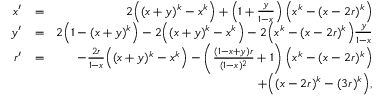
\begin{array} { r l r } { x ^ { \prime } } & { = } & { 2 \Big ( ( x + y ) ^ { k } - x ^ { k } \Big ) + \left( 1 + \frac { y } { 1 - x } \right) \Big ( x ^ { k } - ( x - 2 r ) ^ { k } \Big ) } \\ { y ^ { \prime } } & { = } & { 2 \Big ( 1 - ( x + y ) ^ { k } \Big ) - 2 \Big ( ( x + y ) ^ { k } - x ^ { k } \Big ) - 2 \Big ( x ^ { k } - ( x - 2 r ) ^ { k } \Big ) \frac { y } { 1 - x } } \\ { r ^ { \prime } } & { = } & { - \frac { 2 r } { 1 - x } \Big ( ( x + y ) ^ { k } - x ^ { k } \Big ) - \left( \frac { ( 1 - x + y ) r } { ( 1 - x ) ^ { 2 } } + 1 \right) \Big ( x ^ { k } - ( x - 2 r ) ^ { k } \Big ) } \\ & { } & { + \Big ( ( x - 2 r ) ^ { k } - ( 3 r ) ^ { k } \Big ) , } \end{array}